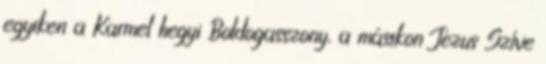
egyiken a Karmel hegyi Boldogasszony, a másikon Jézus Szíve